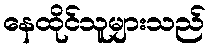
နေထိုင်သူများသည်